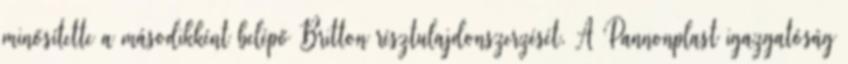
minősítette a másodikként belépő Britton résztulajdonszerzését. A Pannonplast igazgatóság